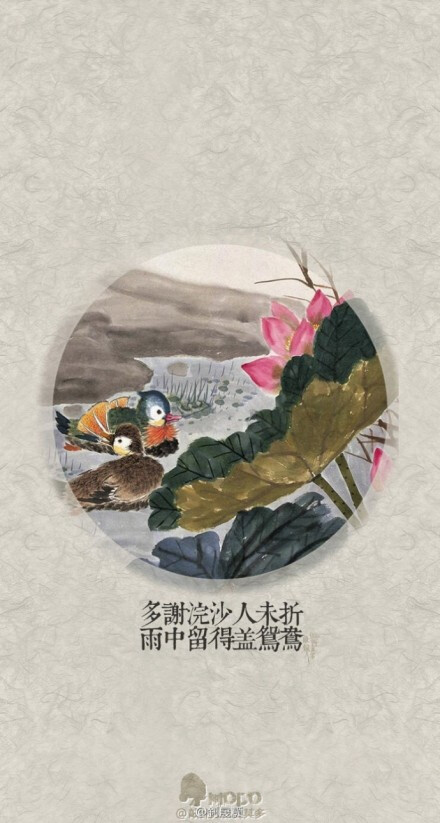
多谢浣纱人未折，雨中留得盖鸳鸯。